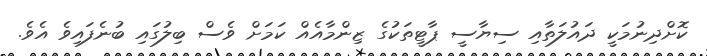
ކޮށްދިނުމަކީ ދައުލަތާއި ސިޔާސީ ޕާޓީތަކުގެ ޒިންމާއެއް ކަމަށް ވެސް ބިލުގައި ބުނެފައިވެ އެވެ.